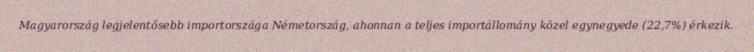
Magyarország legjelentősebb importországa Németország, ahonnan a teljes importállomány közel egynegyede (22,7%) érkezik.